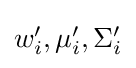
\textstyle w'_{i},\mu '_{i},\Sigma '_{i}